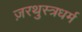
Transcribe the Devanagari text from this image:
ज़रथुस्त्रधर्म